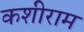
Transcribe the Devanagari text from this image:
कशीराम